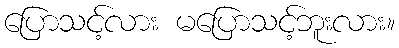
ပြောသင့်လား မပြောသင့်ဘူးလား။